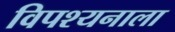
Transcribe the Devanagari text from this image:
विपश्यनाला